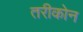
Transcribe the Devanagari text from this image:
तरीकोन